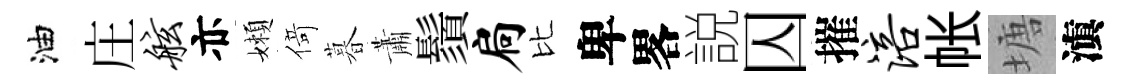
油庄舷亦嬾𠋣暮蕭鬚扃比卑畧説囚摧涪帐塘滇